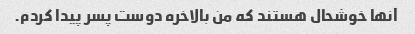
آنها خوشحال هستند که من بالاخره دوست پسر پیدا کردم.